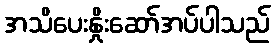
အသိပေးနှိုးဆော်အပ်ပါသည်